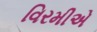
વિરમીએ